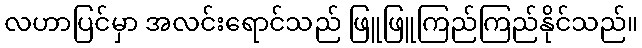
လဟာပြင်မှာ အလင်းရောင်သည် ဖြူဖြူကြည်ကြည်နိုင်သည်။